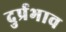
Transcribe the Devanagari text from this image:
दुर्प्रभाव